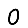
Digit: 0